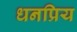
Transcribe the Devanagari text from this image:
धनप्रिय